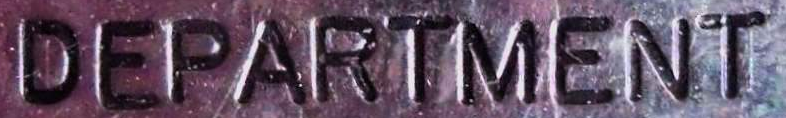
DEPARTMENT